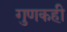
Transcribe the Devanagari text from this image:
गुणकही